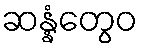
ဆန္နံတွေဝ